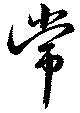
常